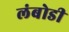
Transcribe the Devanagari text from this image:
लंबोडी